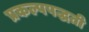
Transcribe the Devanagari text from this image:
प्रकल्पपद्धती